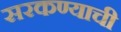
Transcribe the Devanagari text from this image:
सरकण्याची